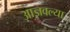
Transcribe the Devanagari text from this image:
आज्ञवल्या